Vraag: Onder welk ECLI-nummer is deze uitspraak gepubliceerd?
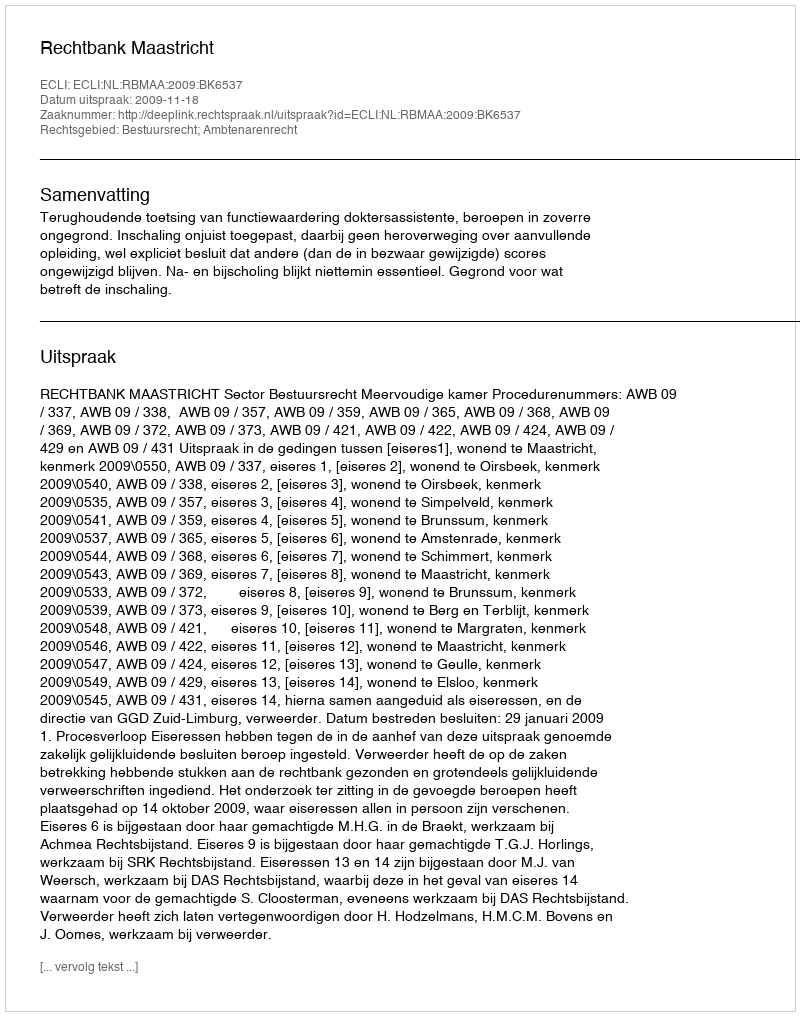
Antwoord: ECLI:NL:RBMAA:2009:BK6537